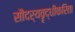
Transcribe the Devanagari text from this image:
सौंदर्यवॄद्धीकरिता